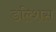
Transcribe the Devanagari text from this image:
डल्शिस